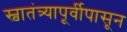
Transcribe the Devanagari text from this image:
स्वातंत्र्यापूर्वीपासून